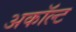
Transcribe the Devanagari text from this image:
अकॉल्ट